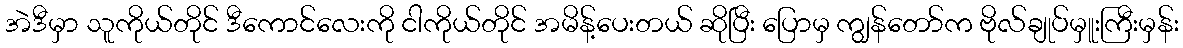
အဲဒီမှာ သူကိုယ်တိုင် ဒီကောင်လေးကို ငါကိုယ်တိုင် အမိန့်ပေးတယ် ဆိုပြီး ပြောမှ ကျွန်တော်က ဗိုလ်ချုပ်မှူးကြီးမှန်း